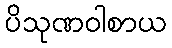
ပိသုဏဝါစာယ